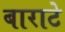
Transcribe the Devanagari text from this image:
बाराटे